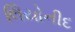
લિયોનીદ